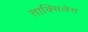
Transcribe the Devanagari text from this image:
ताक्सिलेस